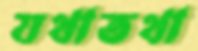
যথাতথা